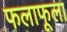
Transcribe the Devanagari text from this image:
फलाफूला